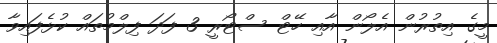
މީގެ އިތުރުން އެލޯން އާއި ހޭޓް ސްޓޯރީ 3 ފަދަ ފިލްމުތައް ކުޅެފައިވާ